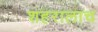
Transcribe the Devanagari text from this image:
शहरालाच